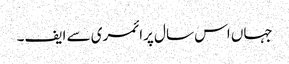
جہاں اس سال پرائمری سے ایف۔